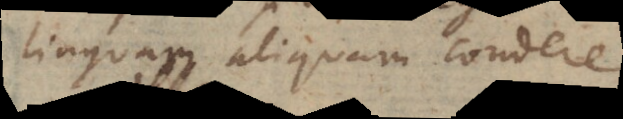
linguam aliquam condere